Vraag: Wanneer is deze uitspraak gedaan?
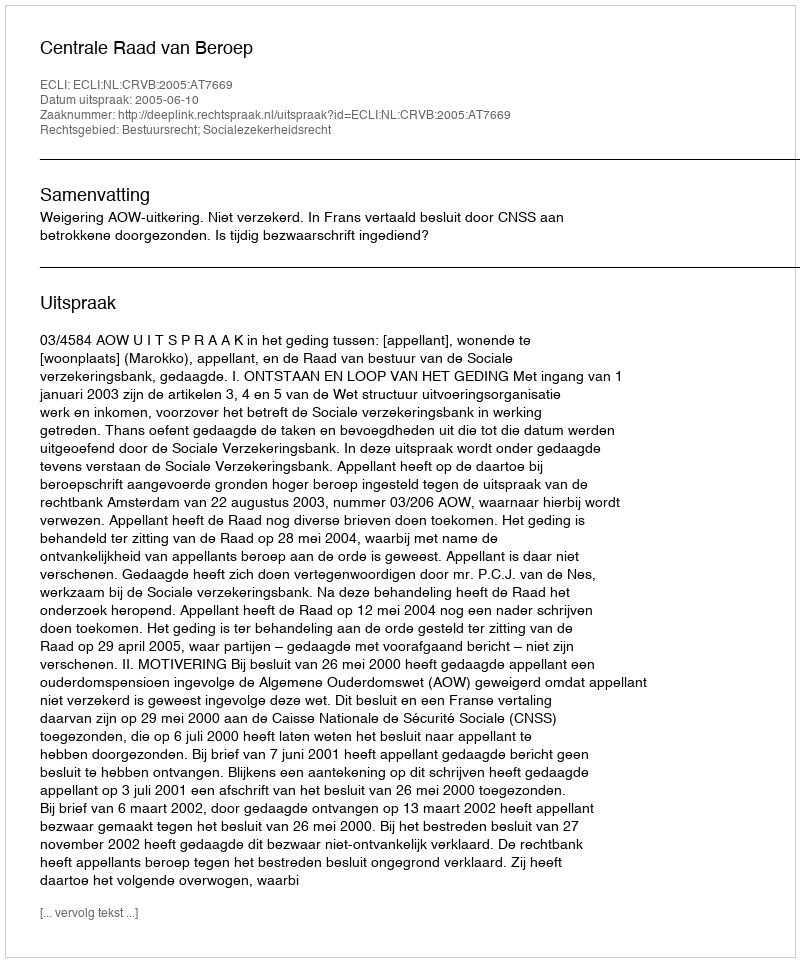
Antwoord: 2005-06-10